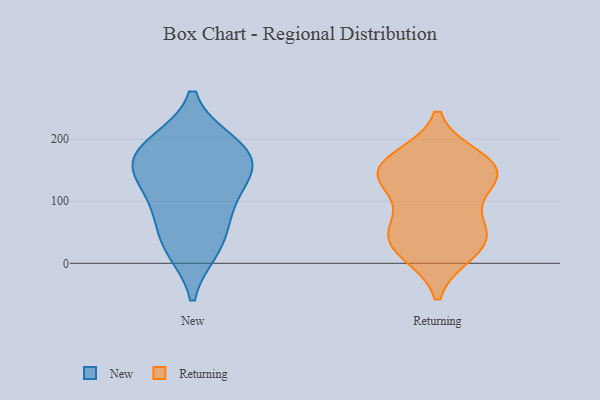
{"axis": {"x": "Energy Usage (MWh)", "y": "Value"}, "legend": ["New", "Returning"], "data": [{"x": "", "y": 143, "type": "New"}, {"x": "", "y": 147, "type": "New"}, {"x": "", "y": 193, "type": "New"}, {"x": "", "y": 193, "type": "New"}, {"x": "", "y": 91, "type": "New"}, {"x": "", "y": 24, "type": "New"}, {"x": "", "y": 30, "type": "New"}, {"x": "", "y": 82, "type": "New"}, {"x": "", "y": 173, "type": "New"}, {"x": "", "y": 154, "type": "New"}, {"x": "", "y": 24, "type": "Returning"}, {"x": "", "y": 141, "type": "Returning"}, {"x": "", "y": 139, "type": "Returning"}, {"x": "", "y": 127, "type": "Returning"}, {"x": "", "y": 45, "type": "Returning"}, {"x": "", "y": 18, "type": "Returning"}, {"x": "", "y": 168, "type": "Returning"}, {"x": "", "y": 57, "type": "Returning"}, {"x": "", "y": 55, "type": "Returning"}, {"x": "", "y": 155, "type": "Returning"}, {"x": "", "y": 155, "type": "Returning"}]}